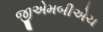
જીએમબીએચ